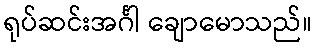
ရုပ်ဆင်းအင်္ဂါ ချောမောသည်။